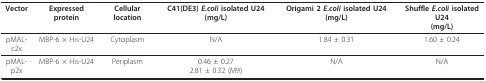
| Vector | Expressed protein | Cellular location | C41(DE3) E.coli isolated U24 (mg/L) | Origami 2 E.coli isolated U24 (mg/L) | Shuffle E.coli isolated U24(mg/L) |
 | --- | --- | --- | --- | --- | --- |
 | pMAL-c2x | MBP-6 × His-U24 | Cytoplasm | N/A | 1.84 ± 0.31 | 1.60 ± 0.24 |
 | pMAL-p2x | MBP-6 × His-U24 | Periplasm | 0.46 ± 0.272.81 ± 0.32 (M9) | N/A | N/A |